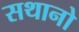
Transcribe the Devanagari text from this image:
सथानो